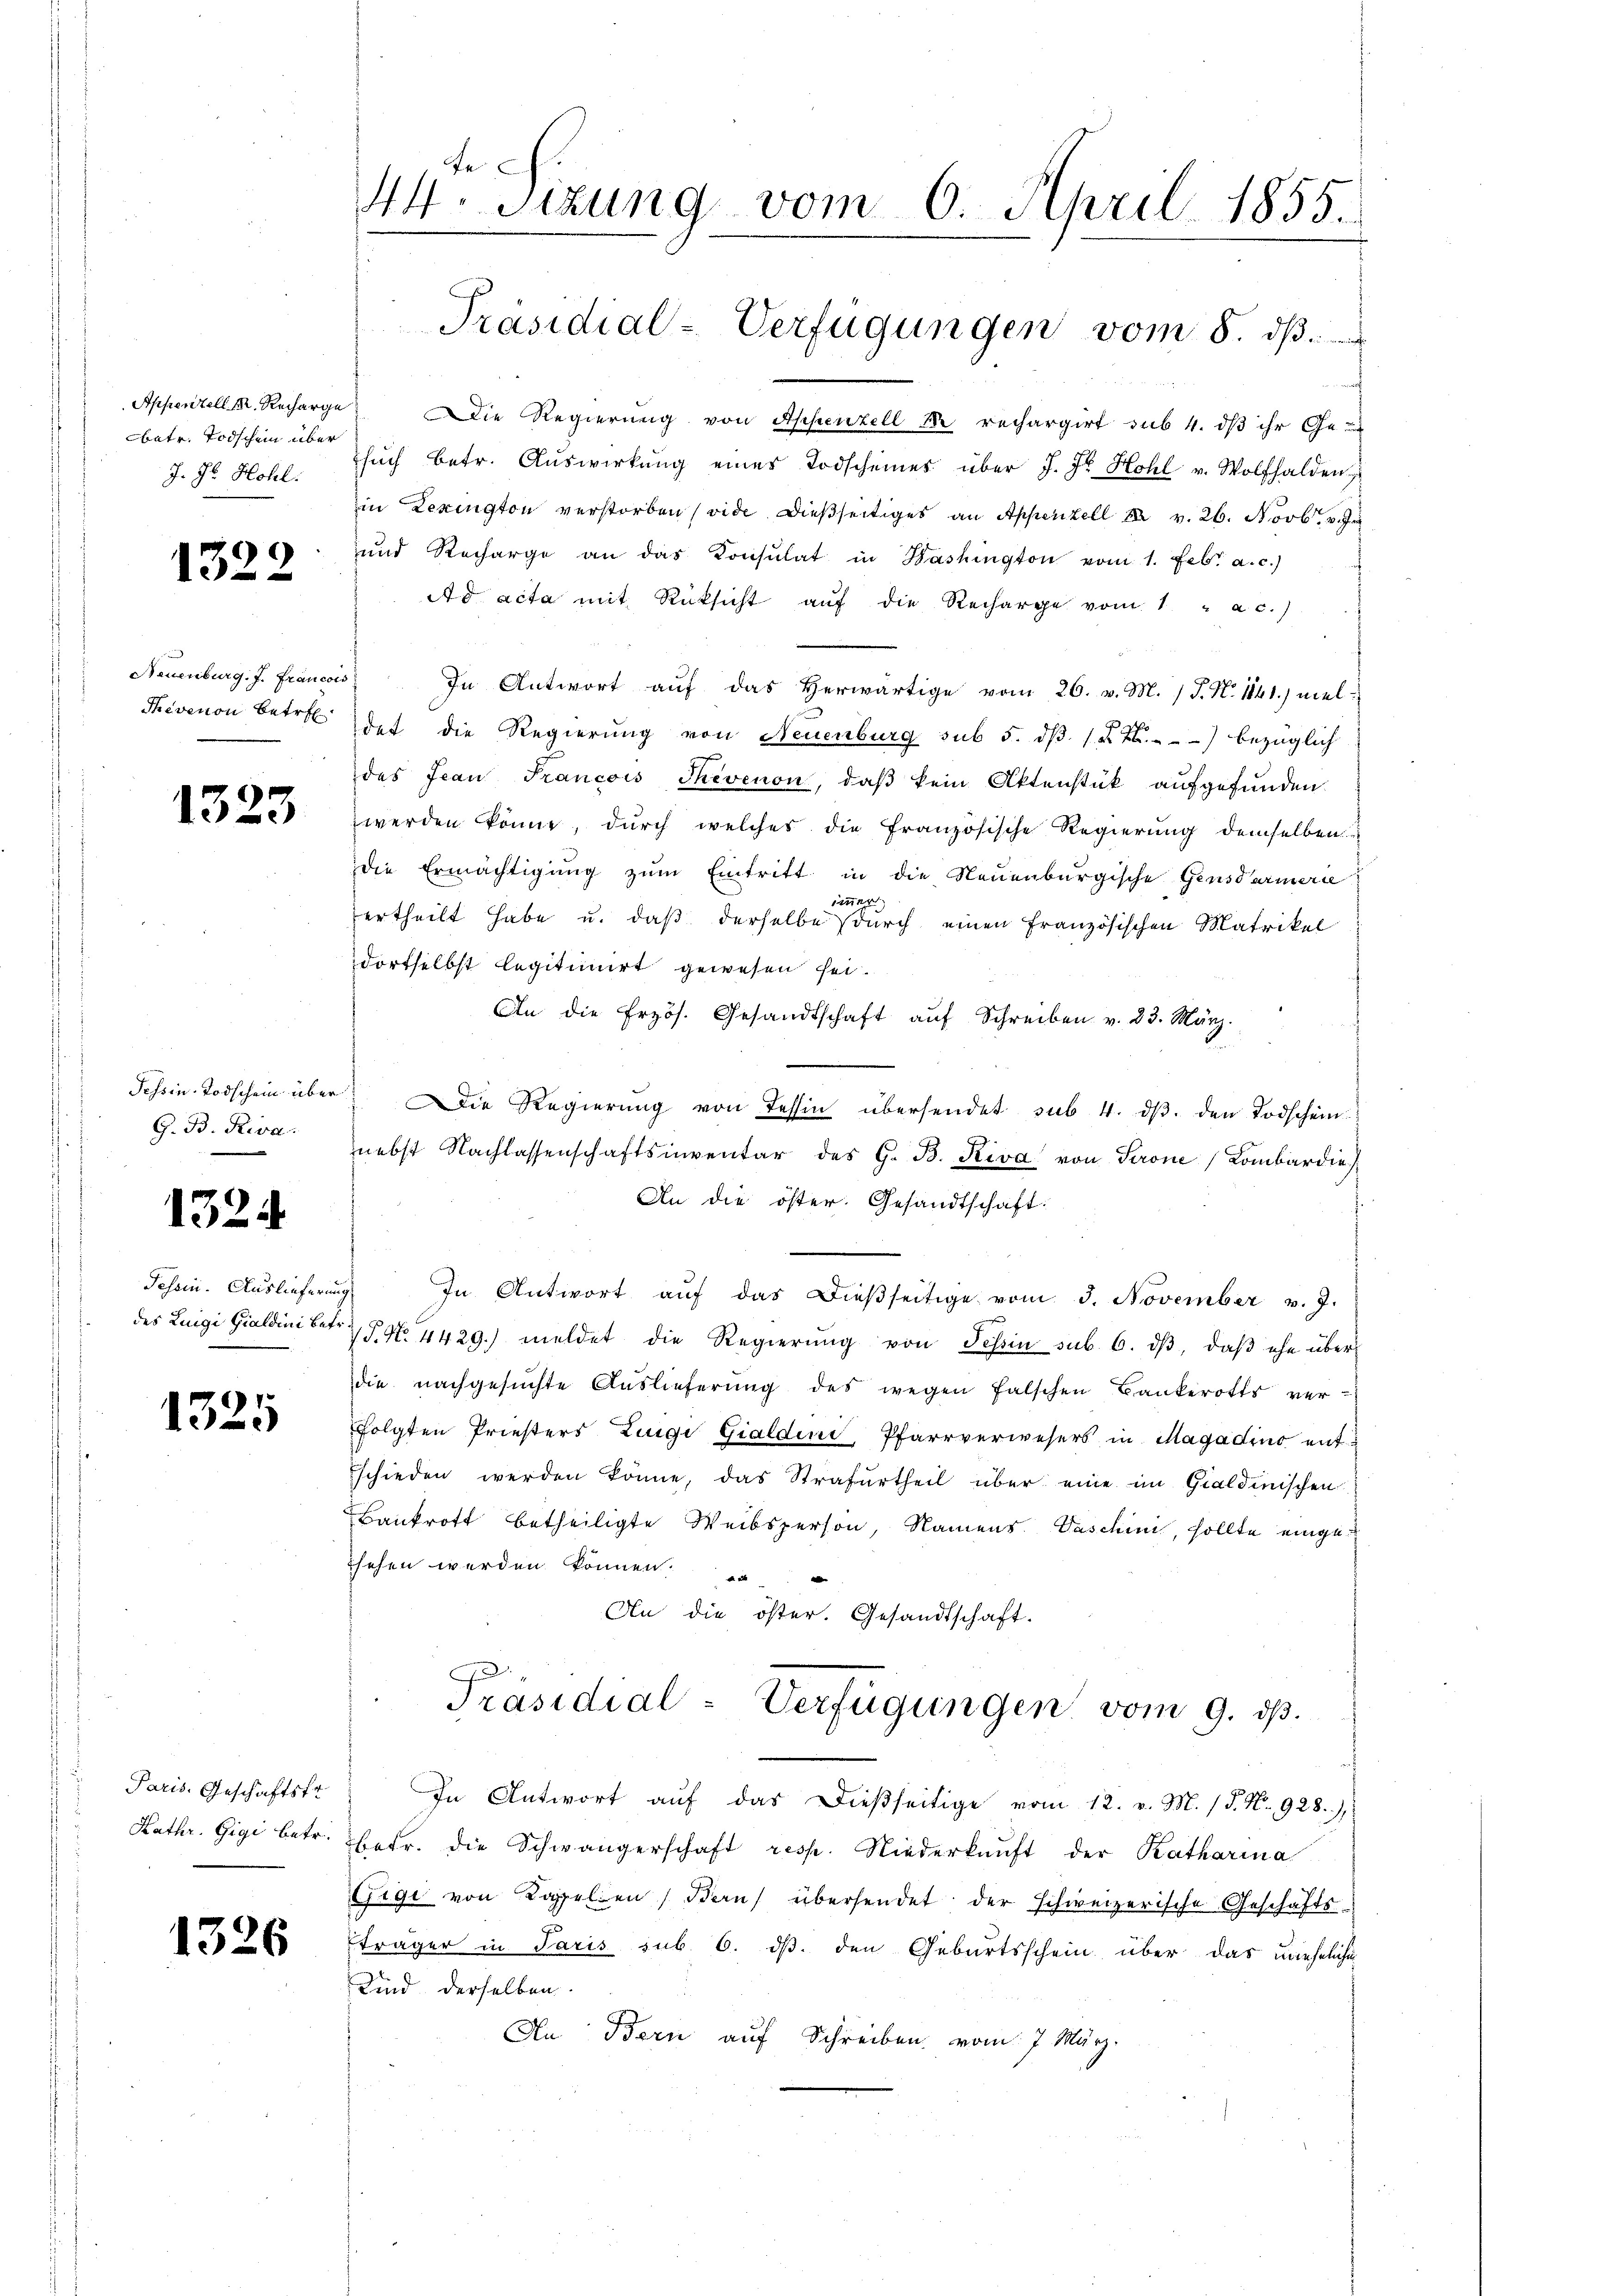
Appenzell. M. Recharge
betr. Todschein über
J. H. Hohl:

1322

Neuenburg, J. Francois
Thevenon betref
.

1323

Tessin Todschein über
G. B. Riva

1324

Pehoin. Auslieferin
des Lingi Gialdini betr

1325

Paris. Geschäftsfr
Kathr. Gigi betr.

1326

fe
44. Sitzung vom 6. April 1855.

Präsidial-Verfügungen vom 8. ds.

Die Regierung von Appenzell de rechargirt sub 4. dß ihr Ge-
sŭch betr. Aŭswirkŭng eines Todscheines über J. Hr. Hohl v. Wolfhalden,
in Lexington verstorben (vide dießseitiges an Appenzell XII v. 26. Novbr. v. J
und Recharge an das Konsulat in Bashington vom 1. Febr. a. c.)
Ad acta mit Rücksicht auf die Recharge vom 1 a c.)
) In Antwort auf das Herwärtige vom 26. v. M. (T. N. 1141) mel-
det die Regierung von Neuenburg sub 5. dβ (§ 7) bezüglich
des Jean Francois Thevenon, daß kein Aktenstück aufgefunden.
werden könne, durch welches die französische Regierung demselben
die Ermächtigŭng zŭm Eintritt in die Neuenburgische Gensdarmerie
immer
ertheilt habe u. daß derselbe durch einen Französischen Matrikel
dortselbst legitimirt gewesen sei.
An die frzös. Gesandtschaft aŭf Schreiben v. 23. März.
Die Regierung von Tessin übersendet sub. 4. dβ. den Todschein
nebst Nachlassenschaftsinventar des G. B. Riva von Serone Kombardie
An die öster. Gesandtschaft:
In Antwort aŭf das dießseitige vom 3. November v. J.
V P. N. 4429. meldet die Regierŭng von Tessin sub. 6. dβ, daβ ihn über
die nachgesuchte Auslieferung des wegen falschen Bankerotts verfolgten Priesters Luigi Gialdini, Pfarrverwesers in Magadino entschieden werden könne, das Strafurtheil über eine im Gialdinischen
Bankrott betheiligte Weibsperson, Namens. Vaschin, sollte eingesehen werden können.
An die öster. Gesandtschaft.
Präsidial-Verfügungen vom 9. ds.
In Antwort auf das dießseitige vom 12. v. M. 18. No. 928),
betr. die Schwängerschaft resp. Niederkunft der Katharina
Gigi von Koppellen Bern übersendet der schweizerische Geschäfts-
träger in Paris sub 6. ds. den Geburtsschein über das uneheliche
Kind derselben.
An Bern auf Schreiben vom 7. März.